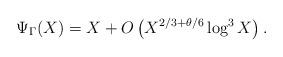
LaTeX: \begin{align*}\Psi_{\Gamma}(X)=X+O\left(X^{2/3+\theta/6}\log^3X\right).\end{align*}